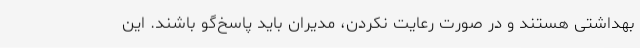
بهداشتی هستند و در صورت رعایت نکردن، مدیران باید پاسخ‌گو باشند. این